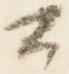
公